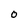
Character: O